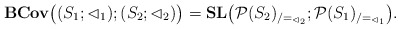
\begin{align*}\mathbf{BCov}\big((S_1;\lhd_1); (S_2;\lhd_2)\big)= \mathbf{SL}\big(\mathcal P(S_2)_{/=_{\lhd_2}};\mathcal P(S_1)_{/=_{\lhd_1}} \big).\end{align*}